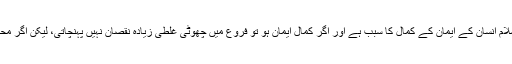
اس کے بارے میں زمخشری کہتے ہیں کہ محبت و تسلیم ولایت ِعلی علیہ السلام انسان کے ایمان کے کمال کا سبب ہے اور اگر کمالِ ایمان ہو تو فروع میں چھوٹی غلطی زیادہ نقصان نہیں پہنچاتی، لیکن اگر محبت و ولایت ِعلی نہ ہو تو ایمان ناقص ہے اور وہ شخص جہنم کا مستحق ہے۔